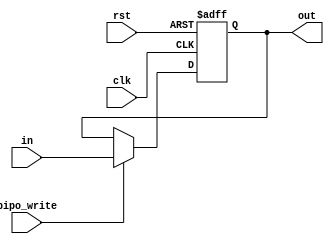
//N-bit parallel in parallel out registers as pipeline-reg.
//Register size is parameterized with N and can be changed while instantiating.
module pipo_reg #(parameter N=32) (out,in,clk,rst,pipo_write);
 input [N-1:0]in;
 input clk;
 input rst;
 input pipo_write;
 output reg [N-1:0]out;
 
 always@(posedge clk, posedge rst) // Asynchronous reset is used for the registers.
 begin
	if(rst)
		out <= 0;
	else if(pipo_write)
		out <= in;
 end

endmodule